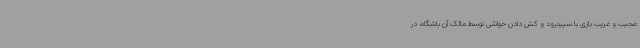
عجیب و غریب بازی با سپیدرود و کش دادن حواشی توسط مالک آن باشگاه، در